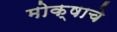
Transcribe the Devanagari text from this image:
मोक्षाचे